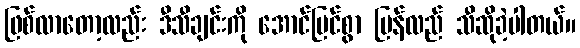
ဖြစ်လာတော့လည်း ဒီသီချင်းကို အောင်မြင်စွာ ပြန်လည် သီဆိုခဲ့ပါတယ်။